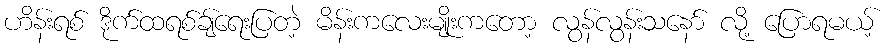
ဟိန်းရစ် ဒိုက်ထရစ်ချ်ရေးပြတဲ့ မိန်းကလေးမျိုးကတော့ လွန်လွန်းသနော် လို့ ပြောရမယ့်